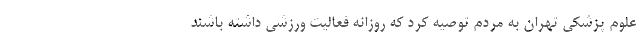
علوم پزشکی تهران به مردم توصیه کرد که روزانه فعالیت ورزشی داشته باشند